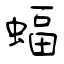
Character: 蝠